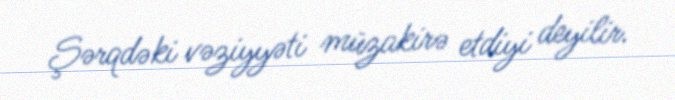
Şərqdəki vəziyyəti müzakirə etdiyi deyilir.